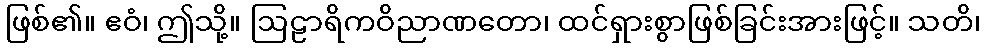
ဖြစ်၏။ ဧဝံ၊ ဤသို့။ ဩဠာရိကဝိညာဏတော၊ ထင်ရှားစွာဖြစ်ခြင်းအားဖြင့်။ သတိ၊